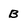
Character: B